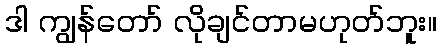
ဒါ ကျွန်တော် လိုချင်တာမဟုတ်ဘူး။